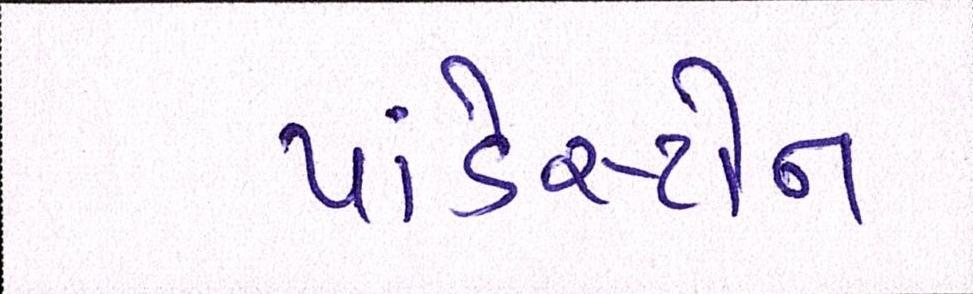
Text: પાંડેસ્ટોન